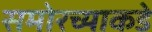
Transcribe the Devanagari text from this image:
समोरच्याकडे